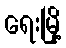
ရေးမြို့